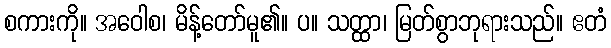
စကားကို။ အဝေါစ၊ မိန့်တော်မူ၏။ ပ။ သတ္ထာ၊ မြတ်စွာဘုရားသည်။ ဧတံ